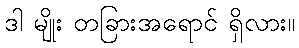
ဒါ မျိုး တခြားအရောင် ရှိလား။